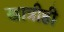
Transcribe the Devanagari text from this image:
खात्रीही